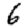
Digit: 6